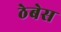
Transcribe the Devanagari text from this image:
ठेबेस